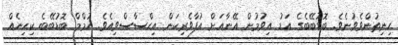
ހިނިތުންވެވުނެވެ. ބޮޑުބޭބެގެ އަޑު އިވުމުން އޭނާއަށް އުފާވެރިކަން އިޙްސާސްވިއެވެ. ހުމްމް ބޮޑުބޭބެ ކިހިނެއް